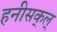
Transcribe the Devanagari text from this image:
हनीसक्‌ल्‌